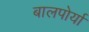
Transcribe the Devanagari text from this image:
बालपोर्या